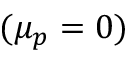
( \mu _ { p } = 0 )